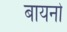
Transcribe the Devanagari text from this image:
बायनो